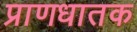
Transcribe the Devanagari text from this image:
प्राणधातक